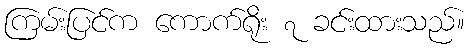
ကြမ်းပြင်က ကောက်ရိုး ၇ ခင်းထားသည်။